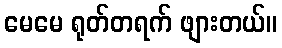
မေမေ ရုတ်တရက် ဖျားတယ်။